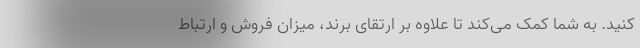
کنید. به شما کمک می‌کند تا علاوه بر ارتقای برند، میزان فروش و ارتباط